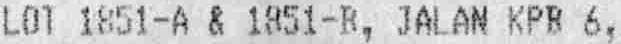
LOT 1851-A & 1851-B, JALAN KPB 6,